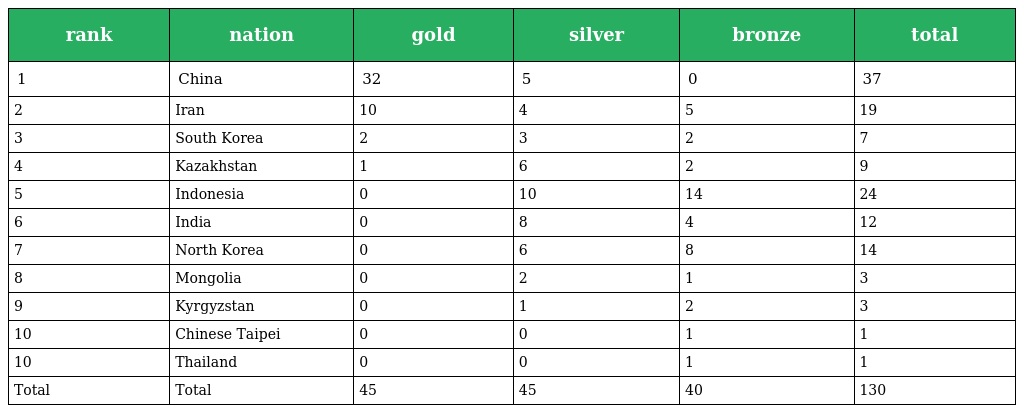
| rank | nation | gold | silver | bronze | total |
 | --- | --- | --- | --- | --- | --- |
 | 1 | China | 32 | 5 | 0 | 37 |
 | 2 | Iran | 10 | 4 | 5 | 19 |
 | 3 | South Korea | 2 | 3 | 2 | 7 |
 | 4 | Kazakhstan | 1 | 6 | 2 | 9 |
 | 5 | Indonesia | 0 | 10 | 14 | 24 |
 | 6 | India | 0 | 8 | 4 | 12 |
 | 7 | North Korea | 0 | 6 | 8 | 14 |
 | 8 | Mongolia | 0 | 2 | 1 | 3 |
 | 9 | Kyrgyzstan | 0 | 1 | 2 | 3 |
 | 10 | Chinese Taipei | 0 | 0 | 1 | 1 |
 | 10 | Thailand | 0 | 0 | 1 | 1 |
 | Total | Total | 45 | 45 | 40 | 130 |